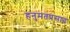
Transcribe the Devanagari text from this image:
हनुमतप्रसाद